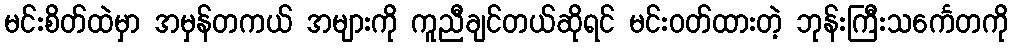
မင်းစိတ်ထဲမှာ အမှန်တကယ် အများကို ကူညီချင်တယ်ဆိုရင် မင်းဝတ်ထားတဲ့ ဘုန်းကြီးသင်္ကေတကို